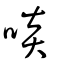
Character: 啖